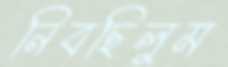
নিবছিলুম